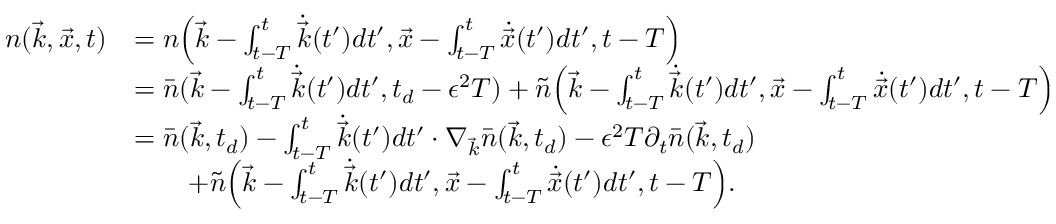
\begin{array} { r l } { n ( \vec { k } , \vec { x } , t ) } & { = n \Big ( \vec { k } - \int _ { t - T } ^ { t } \dot { \vec { k } } ( t ^ { \prime } ) d t ^ { \prime } , \vec { x } - \int _ { t - T } ^ { t } \dot { \vec { x } } ( t ^ { \prime } ) d t ^ { \prime } , t - T \Big ) } \\ & { = \bar { n } ( \vec { k } - \int _ { t - T } ^ { t } \dot { \vec { k } } ( t ^ { \prime } ) d t ^ { \prime } , t _ { d } - \epsilon ^ { 2 } T ) + \tilde { n } \Big ( \vec { k } - \int _ { t - T } ^ { t } \dot { \vec { k } } ( t ^ { \prime } ) d t ^ { \prime } , \vec { x } - \int _ { t - T } ^ { t } \dot { \vec { x } } ( t ^ { \prime } ) d t ^ { \prime } , t - T \Big ) } \\ & { = \bar { n } ( \vec { k } , t _ { d } ) - \int _ { t - T } ^ { t } \dot { \vec { k } } ( t ^ { \prime } ) d t ^ { \prime } \cdot \nabla _ { \vec { k } } \bar { n } ( \vec { k } , t _ { d } ) - \epsilon ^ { 2 } T \partial _ { t } \bar { n } ( \vec { k } , t _ { d } ) } \\ & { \ \ \ \ \ \ + \tilde { n } \Big ( \vec { k } - \int _ { t - T } ^ { t } \dot { \vec { k } } ( t ^ { \prime } ) d t ^ { \prime } , \vec { x } - \int _ { t - T } ^ { t } \dot { \vec { x } } ( t ^ { \prime } ) d t ^ { \prime } , t - T \Big ) . } \end{array}